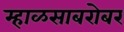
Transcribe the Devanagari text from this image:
म्हाळसाबरोबर